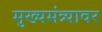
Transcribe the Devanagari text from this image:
मुख्यमंत्र्यावर